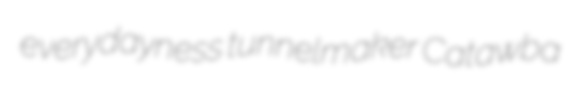
everydayness tunnelmaker Catawba